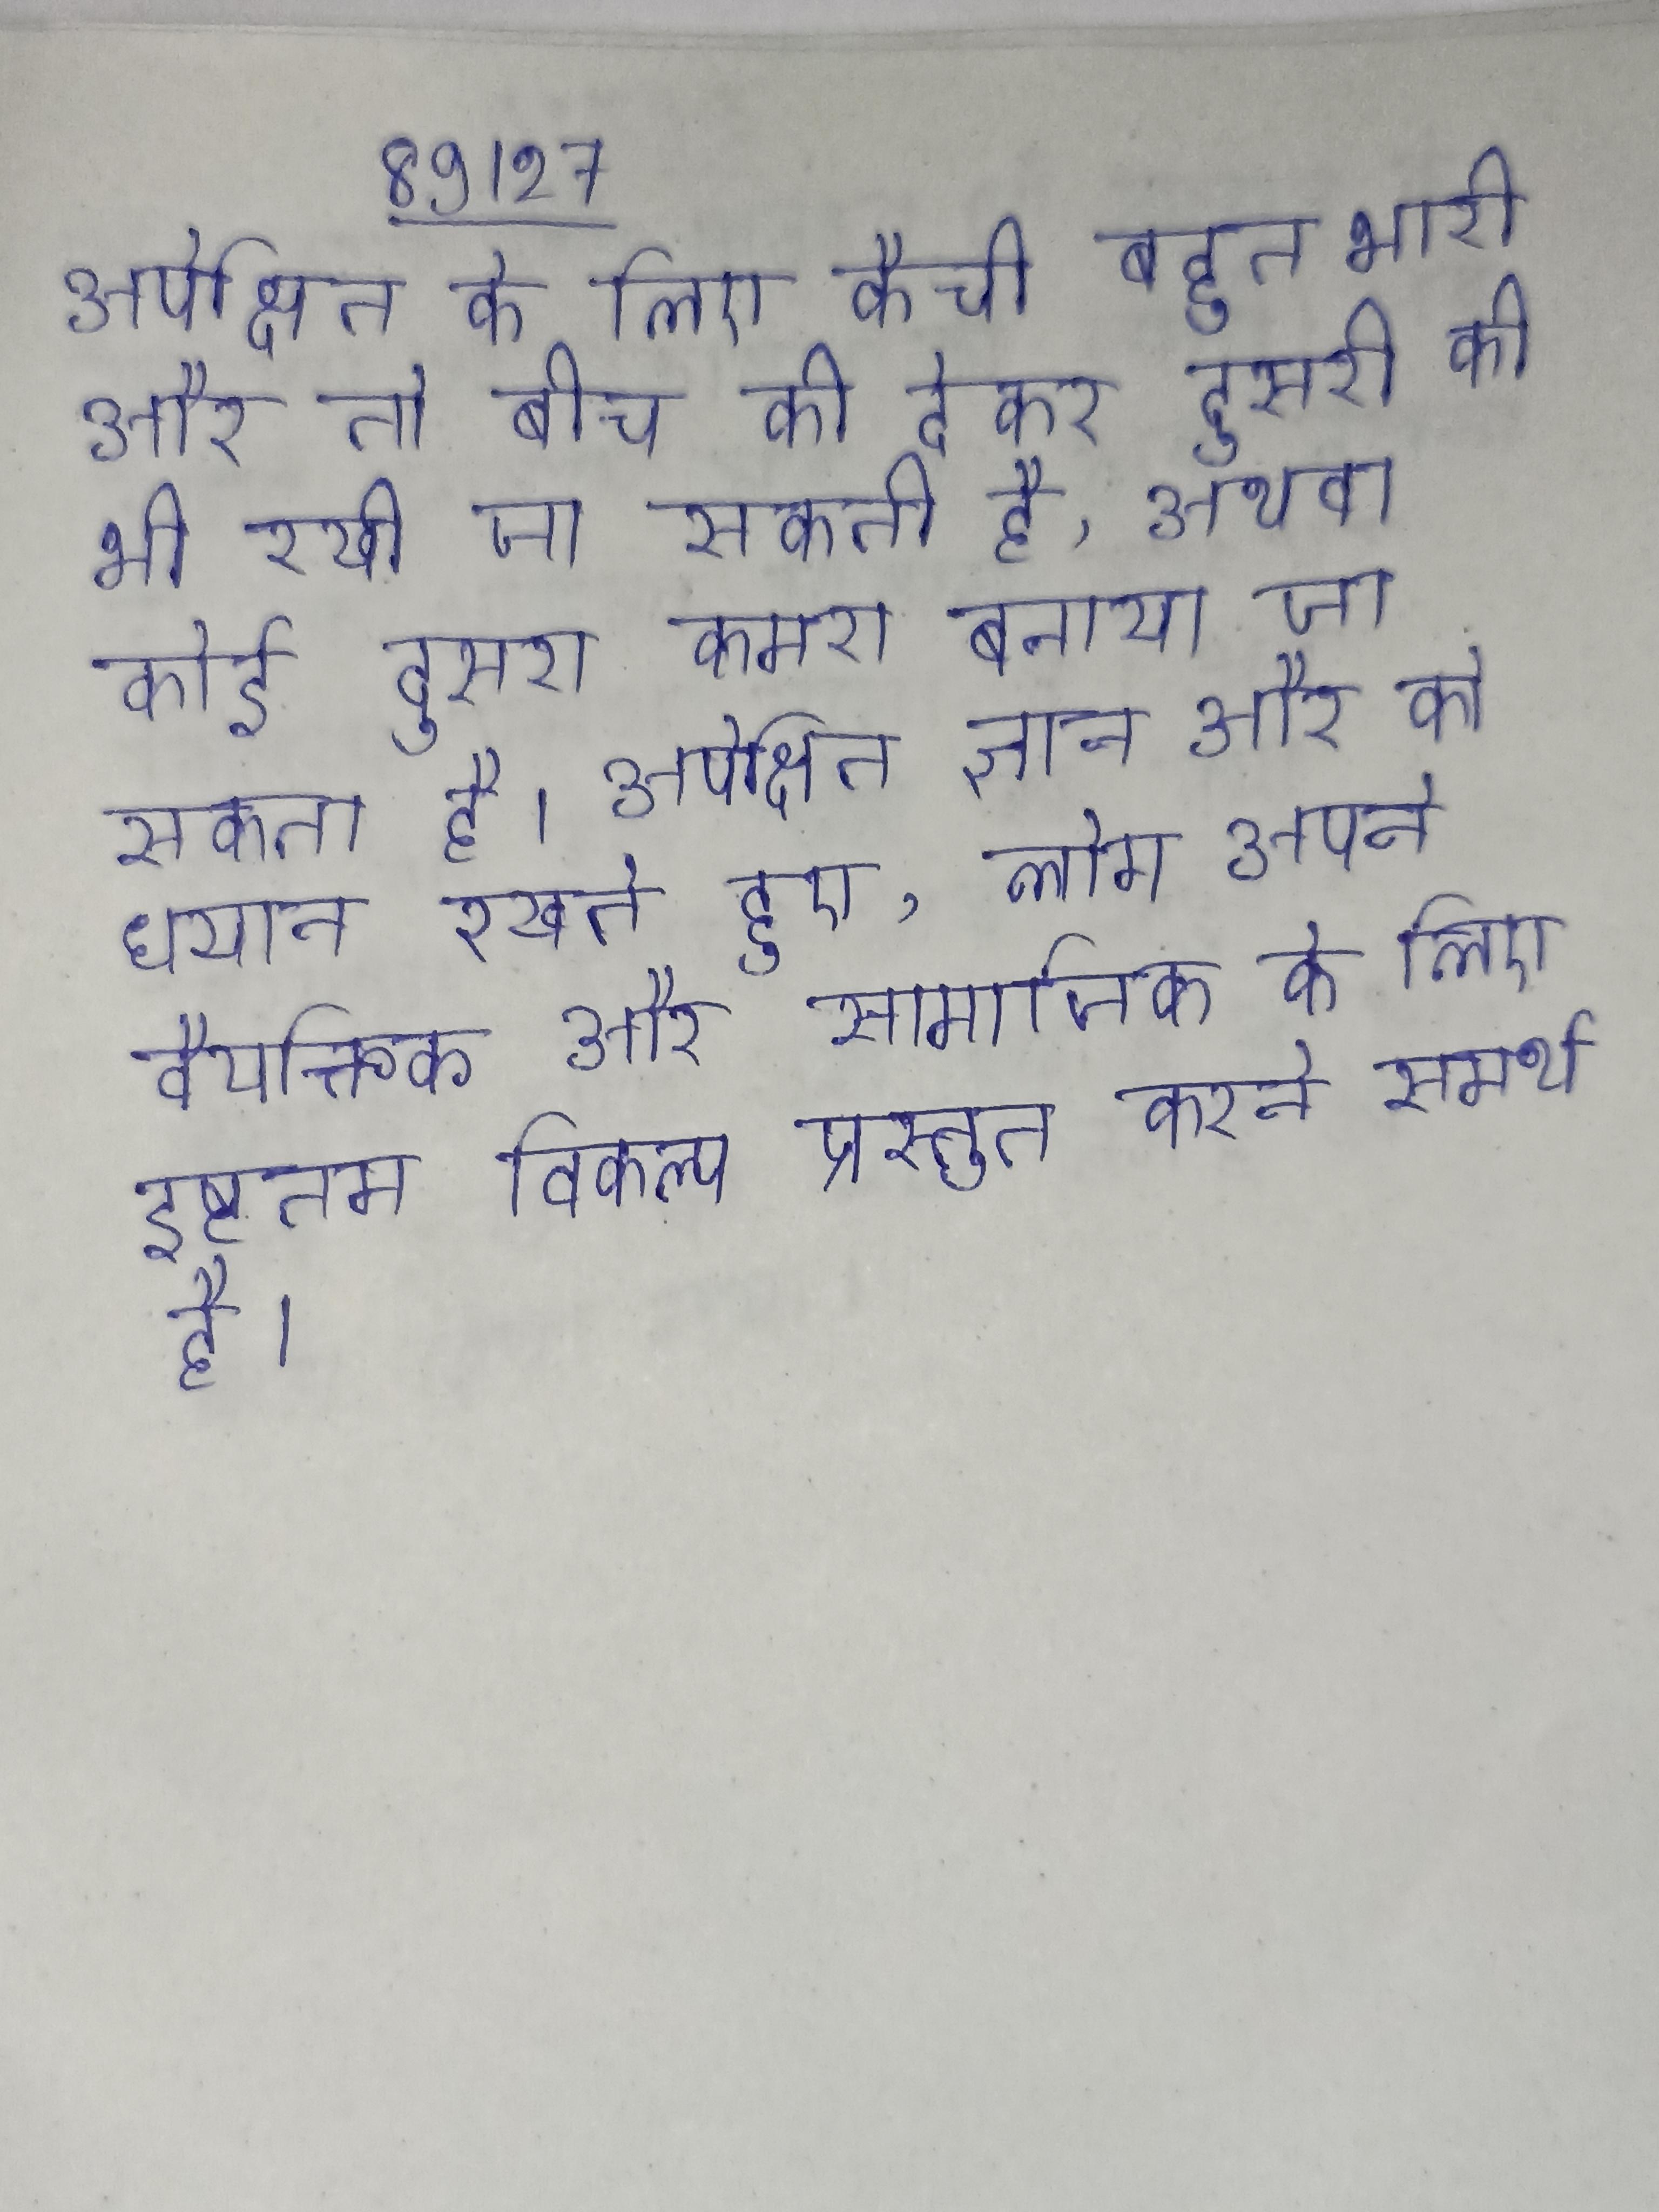
अपेक्षित के लिए कैची बहुत भारी और तो बीच की देकर दूसरी की भी रखी जा सकती है, अथवा कोई दूसरा कमरा बनाया जा सकता है । अपेक्षित ज्ञान और को धयान रखते हुए, लोग अपने वैयक्तिक और सामाजिक के लिए इष्टतम विकल्प प्रस्तुत करने समर्थ है ।